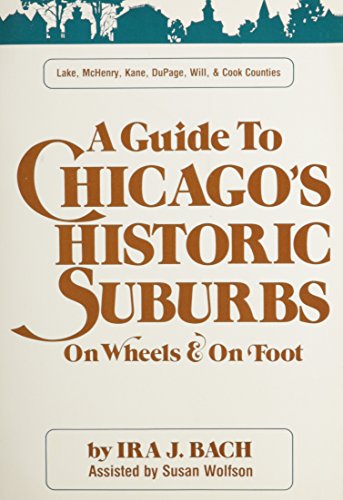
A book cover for Guide Chicagos Historic Suburbs (Lake, Mchenry, Kane, Dupage, Will and Cook Counties); Ira J. Bach; Travel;